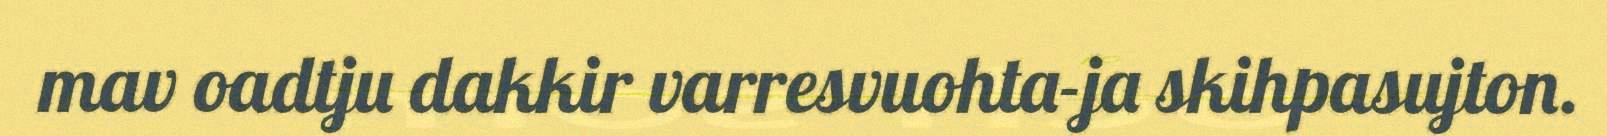
mav oadtju dakkir varresvuohta-ja skihpasujton.